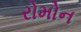
રોમોન